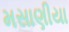
મસાણીયા